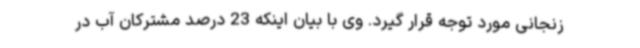
زنجانی مورد توجه قرار گیرد. وی با بیان اینکه 23 درصد مشترکان آب در